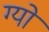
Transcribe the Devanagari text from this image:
ग्यो